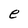
Character: e